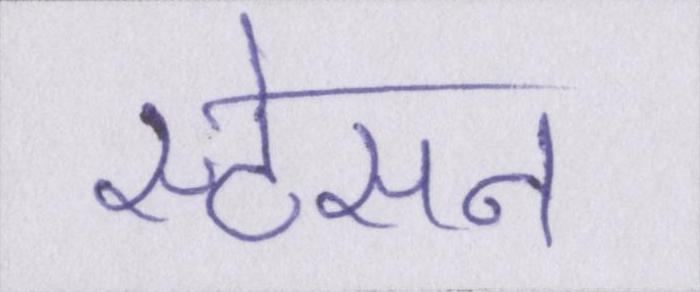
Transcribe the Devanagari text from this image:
स्टेसन